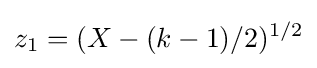
z_{1}=(X-(k-1)/2)^{1/2}